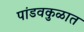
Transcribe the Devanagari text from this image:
पांडवकुळात